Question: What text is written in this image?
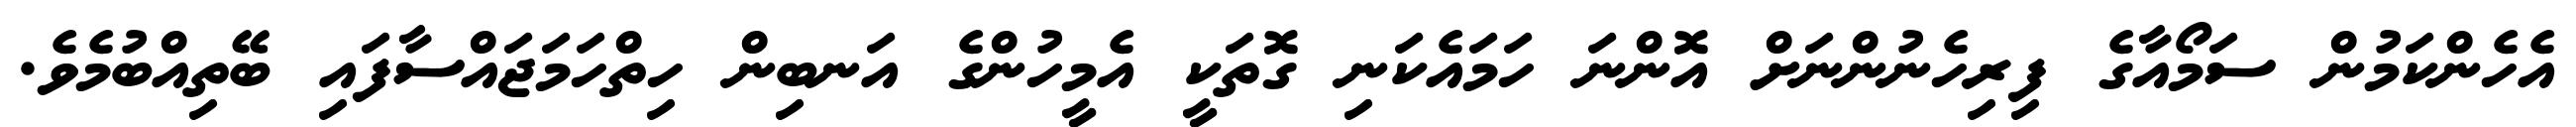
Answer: އެހެންކަމުން ސަމޯއާގެ ފިރިހެނުންނަށް އޮންނަ ހަމައެކަނި ގޮތަކީ އެމީހުންގެ އަނބިން ހިތްހަމަޖައްސާފައި ބޭތިއްބުމެވެ.